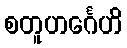
စတူဟင်္ဂေဟိ